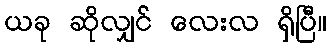
ယခု ဆိုလျှင် လေးလ ရှိပြီ။